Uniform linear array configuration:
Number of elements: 12
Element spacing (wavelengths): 0.75
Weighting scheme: cosine
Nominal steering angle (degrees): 45
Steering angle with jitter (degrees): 45.611
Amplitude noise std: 0.05
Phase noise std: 0.05

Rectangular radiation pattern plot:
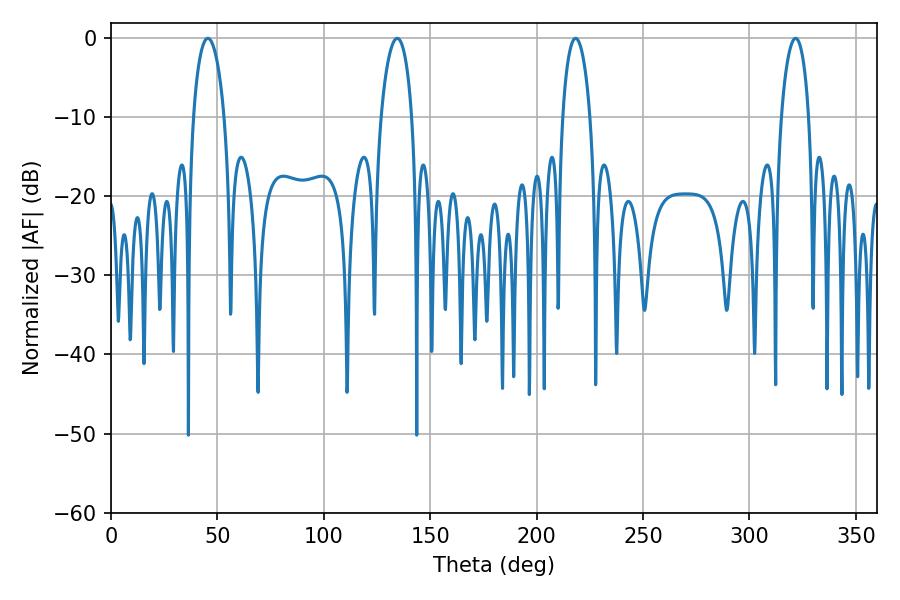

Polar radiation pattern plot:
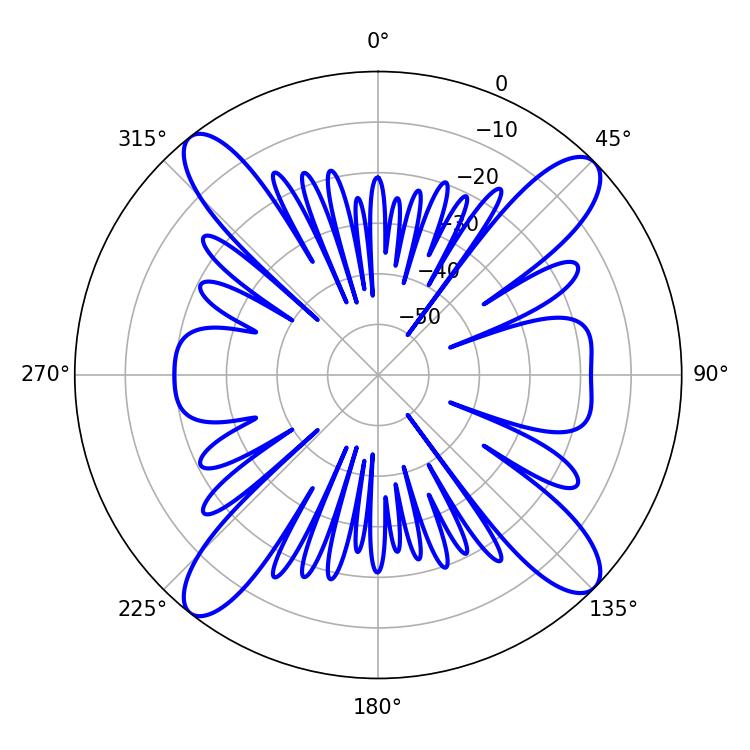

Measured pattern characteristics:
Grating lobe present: TRUE
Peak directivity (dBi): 15.654
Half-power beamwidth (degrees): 7.38
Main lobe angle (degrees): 218.34